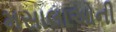
મસાલાઓની